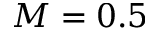
M = 0 . 5